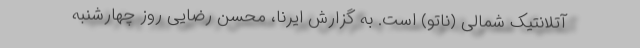
آتلانتیک شمالی (ناتو) است. به گزارش ایرنا، محسن رضایی روز چهارشنبه